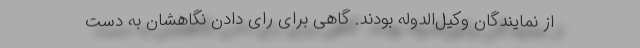
از نمایندگان وکیل‌الدوله بودند. گاهی برای رای دادن نگاهشان به دست